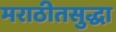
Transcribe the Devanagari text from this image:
मराठीतसुद्धा